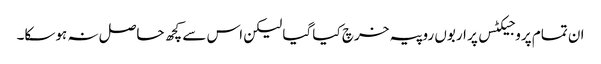
ان تمام پروجیکٹس پر اربوں روپیہ خرچ کیا گیا لیکن اس سے کچھ حاصل نہ ہوسکا۔